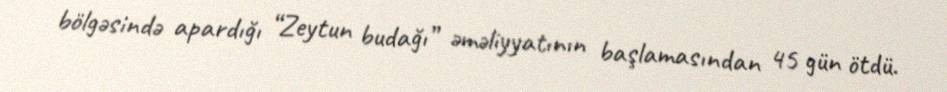
bölgəsində apardığı “Zeytun budağı” əməliyyatının başlamasından 45 gün ötdü.